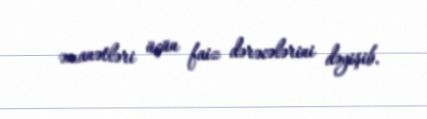
əmanətləri üçün faiz dərəcələrini dəyişib.